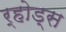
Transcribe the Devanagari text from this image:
र्होड्स